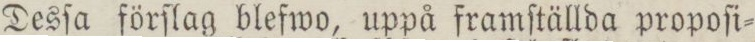
Desſa förſlag blefwo, uppå framſtällda propoſi=